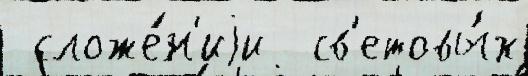
 сложе́н'иjи  св'етовы́х